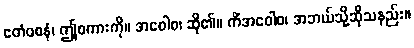
ဧတံဝစနံ၊ ဤစကားကို။ အဝေါစ၊ ဆို၏။ ကိံအဝေါစ၊ အဘယ်သို့ဆိုသနည်း။